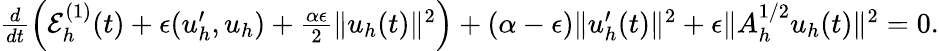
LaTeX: \begin{array}{r}{\frac{d}{dt}\left({\cal E}_{h}^{(1)}(t)+\epsilon(u_{h}^{\prime},u_{h})+\frac{\alpha\epsilon}{2}\| u_{h}(t)\| ^{2}\right)+(\alpha-\epsilon)\| u_{h}^{\prime}(t)\| ^{2}+\epsilon\| A_{h}^{1/2}u_{h}(t)\| ^{2}=0.}\end{array}